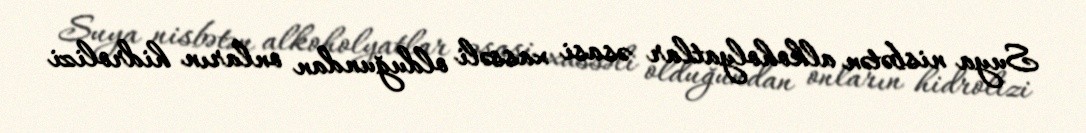
Suya nisbətən alkoholyatlar əsasi xassəli olduğundan onların hidrolizi